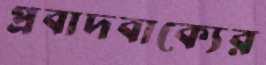
প্রবাদবাক্যের